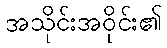
အသိုင်းအဝိုင်း၏